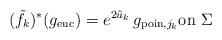
LaTeX: \begin{align*} (\tilde f_k)^*(g_{\textnormal{euc}}) =e^{2\tilde u_k} \,g_{\textnormal{poin},j_k} \textnormal{on} \,\, \Sigma\end{align*}